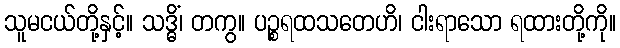
သူမငယ်တို့နှင့်။ သဒ္ဓိံ၊ တကွ။ ပဉ္စရထသတေဟိ၊ ငါးရာသော ရထားတို့ကို။